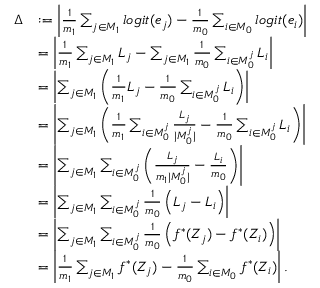
\begin{array} { r l } { \Delta } & { : = \left| \frac { 1 } { m _ { 1 } } \sum _ { j \in M _ { 1 } } l o g i t ( e _ { j } ) - \frac { 1 } { m _ { 0 } } \sum _ { i \in M _ { 0 } } l o g i t ( e _ { i } ) \right| } \\ & { = \left| \frac { 1 } { m _ { 1 } } \sum _ { j \in M _ { 1 } } L _ { j } - \sum _ { j \in M _ { 1 } } \frac { 1 } { m _ { 0 } } \sum _ { i \in M _ { 0 } ^ { j } } L _ { i } \right| } \\ & { = \left| \sum _ { j \in M _ { 1 } } \left( \frac { 1 } { m _ { 1 } } L _ { j } - \frac { 1 } { m _ { 0 } } \sum _ { i \in M _ { 0 } ^ { j } } L _ { i } \right) \right| } \\ & { = \left| \sum _ { j \in M _ { 1 } } \left( \frac { 1 } { m _ { 1 } } \sum _ { i \in M _ { 0 } ^ { j } } \frac { L _ { j } } { | M _ { 0 } ^ { j } | } - \frac { 1 } { m _ { 0 } } \sum _ { i \in M _ { 0 } ^ { j } } L _ { i } \right) \right| } \\ & { = \left| \sum _ { j \in M _ { 1 } } \sum _ { i \in M _ { 0 } ^ { j } } \left( \frac { L _ { j } } { m _ { 1 } | M _ { 0 } ^ { j } | } - \frac { L _ { i } } { m _ { 0 } } \right) \right| } \\ & { = \left| \sum _ { j \in M _ { 1 } } \sum _ { i \in M _ { 0 } ^ { j } } \frac { 1 } { m _ { 0 } } \left( L _ { j } - L _ { i } \right) \right| } \\ & { = \left| \sum _ { j \in M _ { 1 } } \sum _ { i \in M _ { 0 } ^ { j } } \frac { 1 } { m _ { 0 } } \left( f ^ { * } ( Z _ { j } ) - f ^ { * } ( Z _ { i } ) \right) \right| } \\ & { = \left| \frac { 1 } { m _ { 1 } } \sum _ { j \in M _ { 1 } } f ^ { * } ( Z _ { j } ) - \frac { 1 } { m _ { 0 } } \sum _ { i \in M _ { 0 } } f ^ { * } ( Z _ { i } ) \right| . } \end{array}